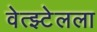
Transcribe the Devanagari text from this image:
वेत्झ्टेलला